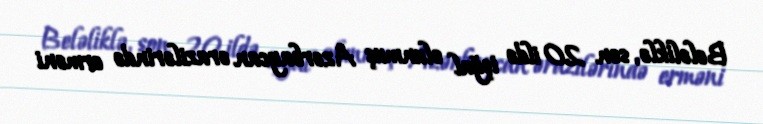
Beləliklə, son 20 ildə işğal olunmuş Azərbaycan ərazilərində erməni